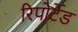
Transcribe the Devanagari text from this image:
रिपोर्टेड